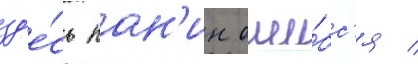
зд'е́сь пан'ин оши́бс'я /